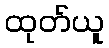
ထုတ်ယူ